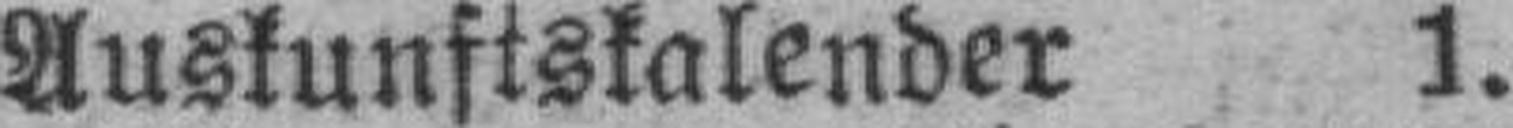
Auskunftskalender 1.